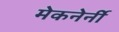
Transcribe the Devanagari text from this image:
मेकनेर्नी